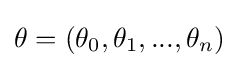
\theta =(\theta _{0},\theta _{1},...,\theta _{n})